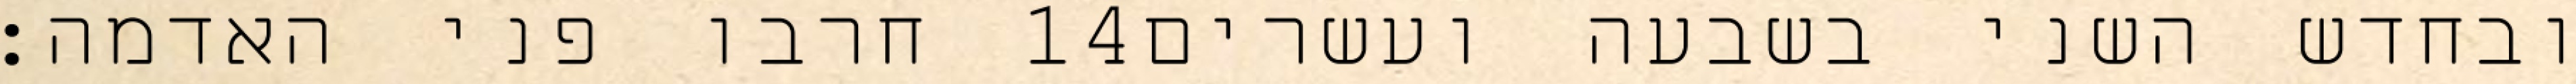
חרבו פני האדמה׃ ‎14‏ ובחדש השני בשבעה ועשרים